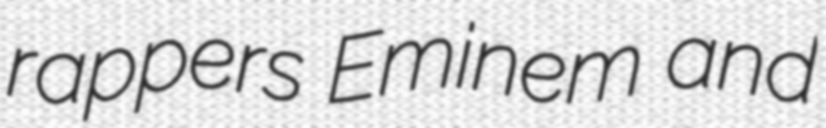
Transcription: rappers Eminem and